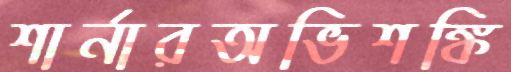
শার্নারঅভিশঙ্কি